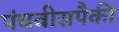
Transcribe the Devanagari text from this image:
पंचवीसपैकी